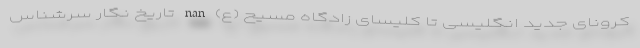
کرونای جدید انگلیسی تا کلیسای زادگاه مسیح (ع) nan تاریخ نگار سرشناس